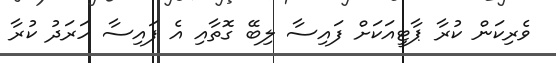
ވެރިކަން ކުރާ ޕާޓީއަކަށް ފައިސާ ލިބޭ ގޮތާއި އެ ފައިސާ ހަރަދު ކުރާ